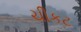
ચીકટ